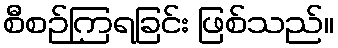
စီစဉ်ကြရခြင်း ဖြစ်သည်။